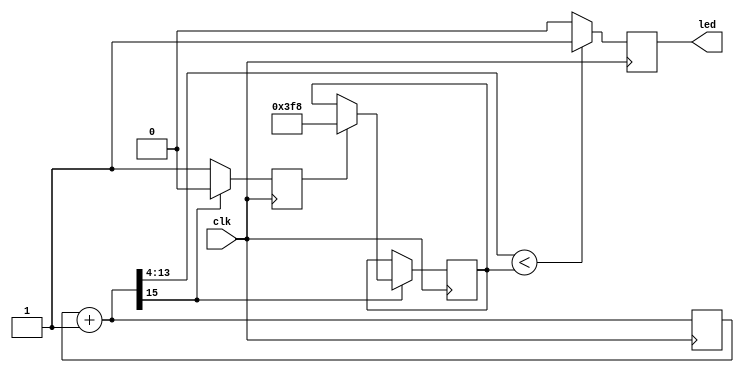
/**********************************************************************
**
**-----------------------------------------------------------------------------------------------------
** pwm_out.v
**----------------------------------------------------------------------------------------
** 
** 		
** 
** 
**
*******************************************************************************/

module pwm_right(clk,led);
input clk;

output led;

reg [32:0] count;
reg [9:0] pwm_count;
reg flag;
reg pwm_flag;
always @(posedge clk)
begin
	count=count+1'b1;
	if (count[13:4] < pwm_count)
		pwm_flag=1;
	else
		pwm_flag=0;
	if (count[15] == 1'b1)
		begin
		if (flag == 1'b1)
		begin
			flag= 1'b0;
			/*if (key == 2'b01) 
				pwm_count=(pwm_count+10'b0000000001);
			else if (key == 2'b10)
				pwm_count=(pwm_count-10'b0000000001);
				else pwm_count=pwm_count;*/
				pwm_count = 10'b1111111000;
			end
		end
	else
	flag= 1'b1;
end
assign led=pwm_flag;
endmodule